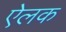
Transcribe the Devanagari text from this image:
ऐलक